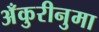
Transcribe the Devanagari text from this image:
अँकुरीनुमा